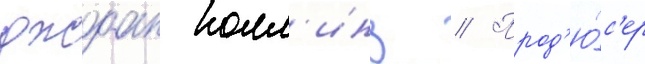
джоан колл'инз // Прод'ю́с'ер